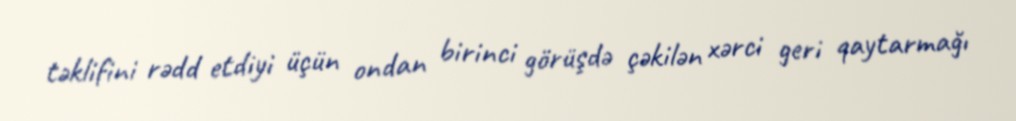
təklifini rədd etdiyi üçün ondan birinci görüşdə çəkilən xərci geri qaytarmağı